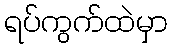
ရပ်ကွက်ထဲမှာ